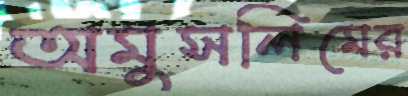
অমুসলিমের